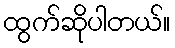
ထွက်ဆိုပါတယ်။